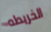
الخريطه